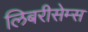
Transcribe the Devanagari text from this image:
लिबरीसेम्स